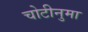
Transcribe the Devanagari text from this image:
चोटीनुमा